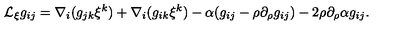
{ \cal L } _ { \xi } g _ { i j } = \nabla _ { i } ( g _ { j k } \xi ^ { k } ) + \nabla _ { i } ( g _ { i k } \xi ^ { k } ) - \alpha ( g _ { i j } - \rho \partial _ { \rho } g _ { i j } ) - 2 \rho \partial _ { \rho } \alpha g _ { i j } .